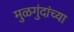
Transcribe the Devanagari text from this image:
मुळगुंदांच्या